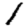
Digit: 1